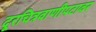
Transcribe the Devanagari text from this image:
दूरचित्रवाणीपटावर